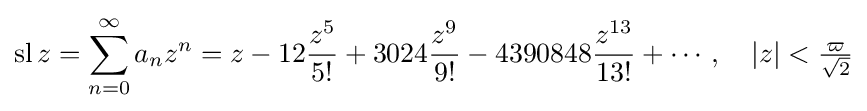
\operatorname {sl} z=\sum _{n=0}^{\infty }a_{n}z^{n}=z-12{\frac {z^{5}}{5!}}+3024{\frac {z^{9}}{9!}}-4390848{\frac {z^{13}}{13!}}+\cdots ,\quad |z|<{\tfrac {\varpi }{\sqrt {2}}}